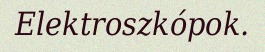
Elektroszkópok.